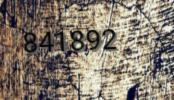
841892